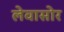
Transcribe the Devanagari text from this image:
लेवासोर